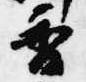
香